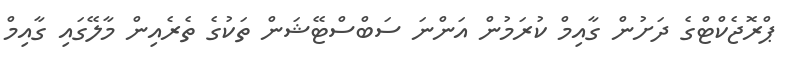
ޕްރޮޖެކްޓްގެ ދަށުން ގާއިމް ކުރަމުން އަންނަ ސަބްސްޓޭޝަން ތަކުގެ ތެރެއިން މާލޭގައި ގާއިމް